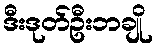
ဒီးဒုတ်ဦးဘချို